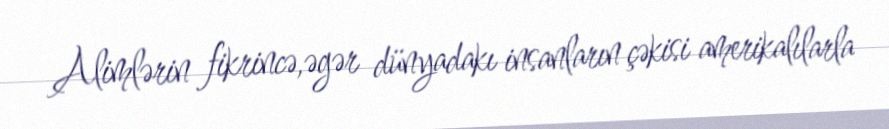
Alimlərin fikrincə,əgər dünyadakı insanların çəkisi amerikalılarla